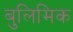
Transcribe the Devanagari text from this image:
बुलिमिक